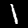
Digit: 1